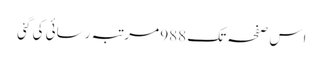
اِس صفحہ تک 988 مرتبہ رسائی کی گئی